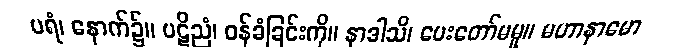
ပရံ၊ နောက်၌။ ပဋိညံ၊ ဝန်ခံခြင်းကို။ နာဒါသိ၊ ပေးတော်မမူ။ မဟာနာမော